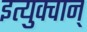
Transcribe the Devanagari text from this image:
इत्युक्वान्